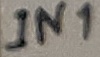
Text: IN1